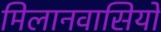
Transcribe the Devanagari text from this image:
मिलानवासियों